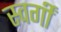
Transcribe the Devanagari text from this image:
स्वर्गीं